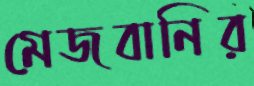
মেজবানির